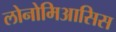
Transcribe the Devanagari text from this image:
लोनोमिआसिस